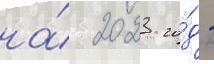
на́ 2023 го́д -